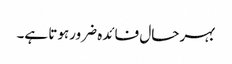
بہرحال فائدہ ضرورہوتا ہے۔